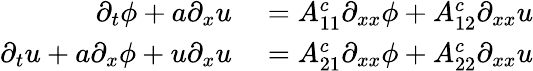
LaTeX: \begin{array}{rl}{\partial_{t}\phi+a\partial_{x}u}&{{}=A_{11}^{c}\partial_{xx}\phi+A_{12}^{c}\partial_{xx}u}\\ {\partial_{t}u+a\partial_{x}\phi+u\partial_{x}u}&{{}=A_{21}^{c}\partial_{xx}\phi+A_{22}^{c}\partial_{xx}u}\end{array}